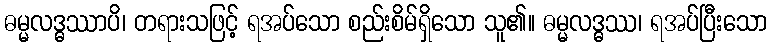
ဓမ္မလဒ္ဓဿာပိ၊ တရားသဖြင့် ရအပ်သော စည်းစိမ်ရှိသော သူ၏။ ဓမ္မလဒ္ဓဿ၊ ရအပ်ပြီးသော